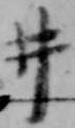
井